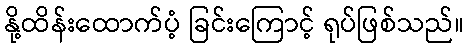
နို့ထိန်းထောက်ပံ့ ခြင်းကြောင့် ရုပ်ဖြစ်သည်။